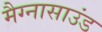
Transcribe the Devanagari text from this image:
मैग्नासाउंड